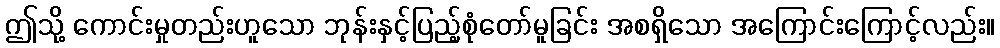
ဤသို့ ကောင်းမှုတည်းဟူသော ဘုန်းနှင့်ပြည့်စုံတော်မူခြင်း အစရှိသော အကြောင်းကြောင့်လည်း။